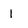
Character: l